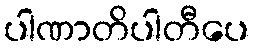
ပါဏာတိပါတီပေ